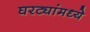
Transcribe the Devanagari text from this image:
घरट्यांमध्ये